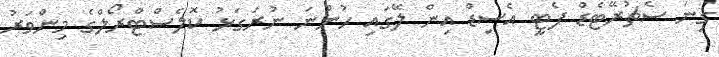
ގިނަ ސެޗުރޭޓެޑް ފެޓީ އެސިޑް އިން ލޭގައި ހުންނަ ނުރަގަޅު ކޮލެސްޓްރޯލްގެ މިންވަރު